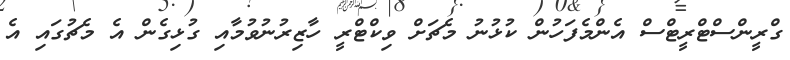
ގްރީންސްޓްރީޓްސް އެންމެފަހުން ކުޅުނު މެޗަށް ވިކްޓްރީ ހާޒިރުނުވުމާއި ގުޅިގެން އެ މެޗުގައި އެ